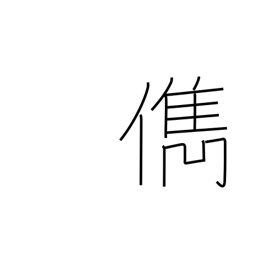
Meaning: talented person